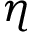
\eta